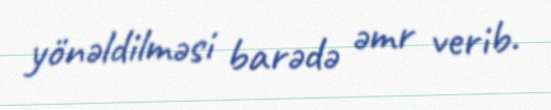
yönəldilməsi barədə əmr verib.